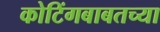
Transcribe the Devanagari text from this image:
कोटिंगबाबतच्या